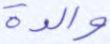
والدة